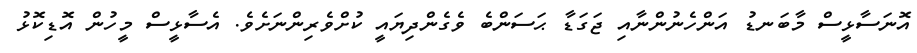
އޮނަސާޅީސް މާބަނޑު އަންހެނުންނާއި ޖަގަޑާ ޙަސަންބެ ވެގެންދިޔައީ ކުށްވެރިންނަށެވެ. އެސާޅީސް މީހުން އޮޑިކޮޅު